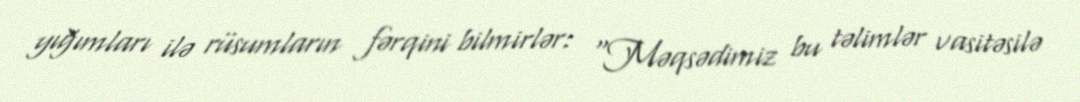
yığımları ilə rüsumların fərqini bilmirlər: “Məqsədimiz bu təlimlər vasitəsilə